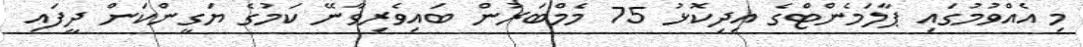
މި އެއްވުމުގައި ޕާލަމެންޓްގެ އިދިކޮޅު 75 މެމްބަރުން ބައިވެރިވާނޭ ކަމުގެ ޔަގީންކަން ދީފައި